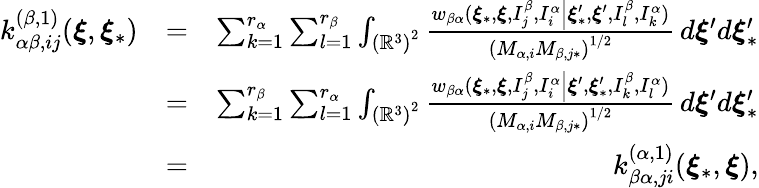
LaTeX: \begin{array}{rlr}{k_{\alpha\beta,ij}^{\left(\beta,1\right)}(\boldsymbol{\xi},\boldsymbol{\xi}_{\ast})}&{=}&{\sum_{k=1}^{r_{\alpha}}\sum_{l=1}^{r_{\beta}}\int_{\left(\mathbb{R}^{3}\right)^{2}}\frac{w_{\beta\alpha}(\boldsymbol{\xi}_{\ast},\boldsymbol{\xi},I_{j}^{\beta},I_{i}^{\alpha}\left\vert\boldsymbol{\xi}_{\ast}^{\prime},\boldsymbol{\xi}^{\prime},I_{l}^{\beta},I_{k}^{\alpha}\right.)}{\left(M_{\alpha,i}M_{\beta,j\ast}\right)^{1/2}}\, d\boldsymbol{\xi}^{\prime}d\boldsymbol{\xi}_{\ast}^{\prime}}\\ &{=}&{\sum_{k=1}^{r_{\beta}}\sum_{l=1}^{r_{\alpha}}\int_{\left(\mathbb{R}^{3}\right)^{2}}\frac{w_{\beta\alpha}(\boldsymbol{\xi}_{\ast},\boldsymbol{\xi},I_{j}^{\beta},I_{i}^{\alpha}\left\vert\boldsymbol{\xi}^{\prime},\boldsymbol{\xi}_{\ast}^{\prime},I_{k}^{\beta},I_{l}^{\alpha}\right.)}{\left(M_{\alpha,i}M_{\beta,j\ast}\right)^{1/2}}\, d\boldsymbol{\xi}^{\prime}d\boldsymbol{\xi}_{\ast}^{\prime}}\\ &{=}&{k_{\beta\alpha,ji}^{\left(\alpha,1\right)}(\boldsymbol{\xi}_{\ast},\boldsymbol{\xi})\mathrm{,}}\end{array}